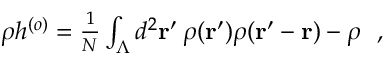
\begin{array} { r } { \rho h ^ { ( o ) } = \frac { 1 } { N } \int _ { \Lambda } d ^ { 2 } { \bf r } ^ { \prime } \: \rho ( { \bf r } ^ { \prime } ) \rho ( { \bf r } ^ { \prime } - { \bf r } ) - \rho ~ ~ , } \end{array}